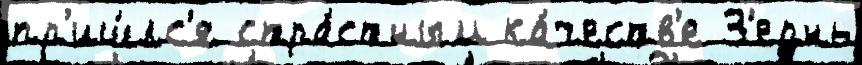
пр'иш́лс'я стра́стным ка́честв'е З'ернь